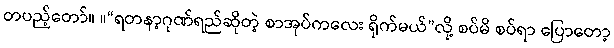
တပည့်တော်။ ။“ရတနာ့ဂုဏ်ရည်ဆိုတဲ့ စာအုပ်ကလေး ရိုက်မယ်”လို့ စပ်မိ စပ်ရာ ပြောတော့